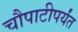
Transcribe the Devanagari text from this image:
चौपाटीपर्यंत